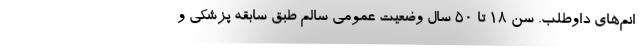
انم‌های داوطلب. سن ۱۸ تا ۵۰ سال وضعیت عمومی سالم طبق سابقه پزشکی و